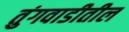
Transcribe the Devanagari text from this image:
तुंगवाडीतील